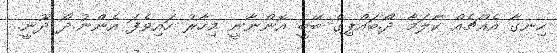
ހިނގާ އެއްޗެއް ކާލަމާ ދޯ.ބައްޕިގެ ބޭބީ އޮންނާނީ މިހާރު ހައިވެފަ އެންނު.ދޯ ދޫނީ..